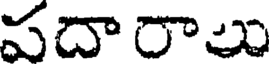
వదా రాలు